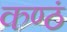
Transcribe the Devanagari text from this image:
कण्ठं